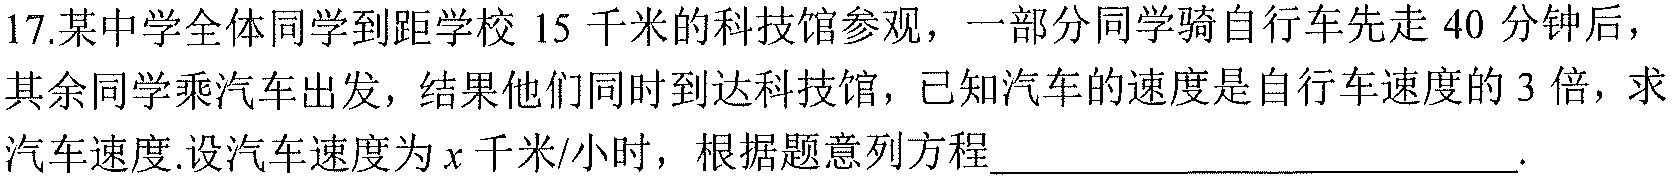
17.某中学全体同学到距学校$15$千米的科技馆参观，一部分同学骑自行车先走$40$分钟后，其余同学乘汽车出发，结果他们同时到达科技馆，已知汽车的速度是自行车速度的$3$倍，求汽车速度.设汽车速度为$x$千米/小时，根据题意列方程____________________________.